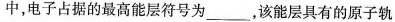
中，电子占据的最高能层符号为___，该能层具有的原子轨